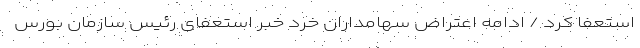
استعفا کرد / ادامه اعتراض سهامداران خرد خبر استعفای رئیس سازمان بورس